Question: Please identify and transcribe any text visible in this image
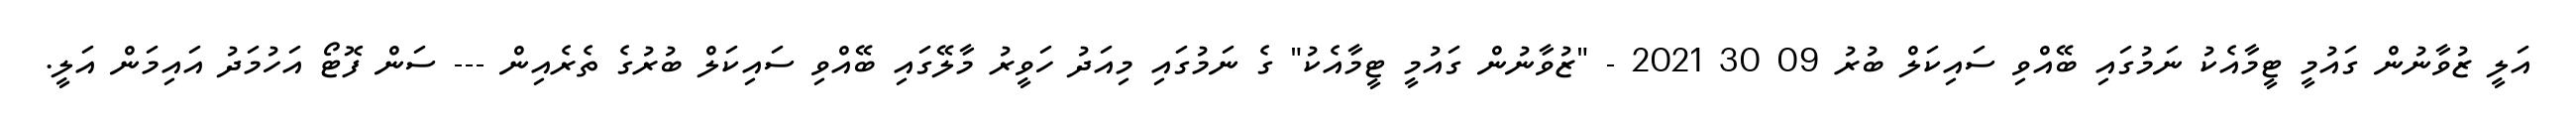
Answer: އަލީ ޒުވާނުން ގައުމީ ޓީމާއެކު ނަމުގައި ބޭއްވި ސައިކަލް ބުރު 09 30 2021 - "ޒުވާނުން ގައުމީ ޓީމާއެކު" ގެ ނަމުގައި މިއަދު ހަވީރު މާލޭގައި ބޭއްވި ސައިކަލް ބުރުގެ ތެރެއިން --- ސަން ފޮޓޯ އަހުމަދު އައިމަން އަލީ.